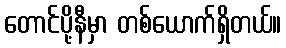
တောင်ပို့နီမှာ တစ်ယောက်ရှိတယ်။